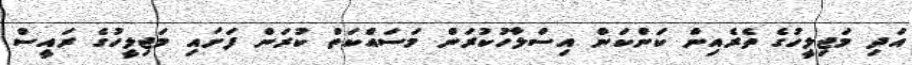
އަދި މަޖިލީހުގެ ތެރެއިން ކަންކަން އިސްލާހުކުރަން މަސައްކަތް ކުރަން ފަށައި މަޖިލީހުގެ ރައީސް